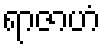
ရာဇာဟံ